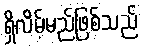
ရှိလိမ့်မည်ဖြစ်သည်